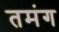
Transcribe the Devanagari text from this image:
तमंग